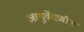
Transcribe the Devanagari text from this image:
आयुर्वेदप्रवीण